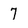
Character: 7